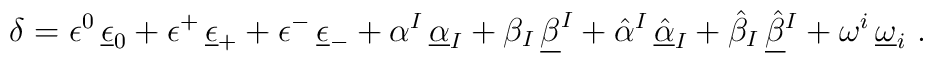
\delta =\epsilon ^0\,\underline \epsilon_0+\epsilon^+\,\underline\epsilon_+ +\epsilon^-\,\underline \epsilon_-  +\alpha^I\,\underline \alpha_I+\beta_I\,\underline \beta^I+\hat\alpha{}^I\,\underline{\hat \alpha}_I+\hat\beta_I\,\underline {\hat\beta}{}^I+\omega^i\,\underline \omega_i\ .